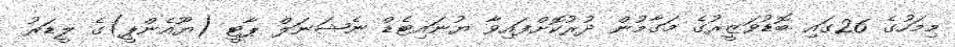
މިމަހުގެ 26ގައި ބޮޑުވަޒީރުގެ މަގާމުން ދުރުކޮށްފައިވާ ޔުނައިޓެޑް ނެޝަނަލް ޕާޓީ (ޔޫއެންޕީ)ގެ ލީޑަރު